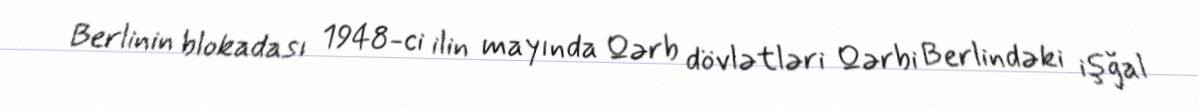
Berlinin blokadası 1948-ci ilin mayında Qərb dövlətləri Qərbi Berlindəki işğal